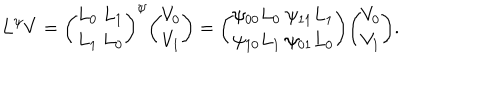
LaTeX: L ^ { \psi } V = { \binom { L _ { 0 } \ L _ { 1 } } { L _ { 1 } \ L _ { 0 } } } ^ { \psi } { \binom { V _ { 0 } } { V _ { 1 } } } = { \binom { \psi _ { 0 0 } L _ { 0 } \ \psi _ { 1 1 } L _ { 1 } } { \psi _ { 1 0 } L _ { 1 } \ \psi _ { 0 1 } L _ { 0 } } } { \binom { V _ { 0 } } { V _ { 1 } } } .